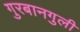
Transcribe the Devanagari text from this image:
गुरबानगुली